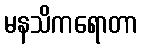
မနသိကရောတာ